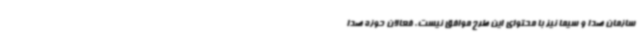
سازمان صدا و سیما نیز با محتوای این طرح موافق نیست. فعالان حوزه صدا